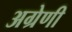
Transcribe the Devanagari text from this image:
अग्रेणी